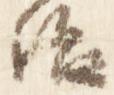
治